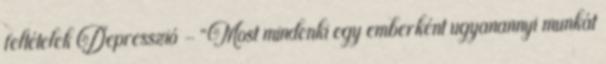
feltételek Depresszió – “Most mindenki egy emberként ugyanannyi munkát